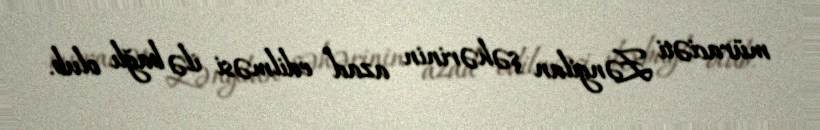
müraciəti Zəngilan şəhərinin azad edilməsi ilə bağlı olub.